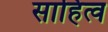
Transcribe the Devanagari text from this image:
साहित्व